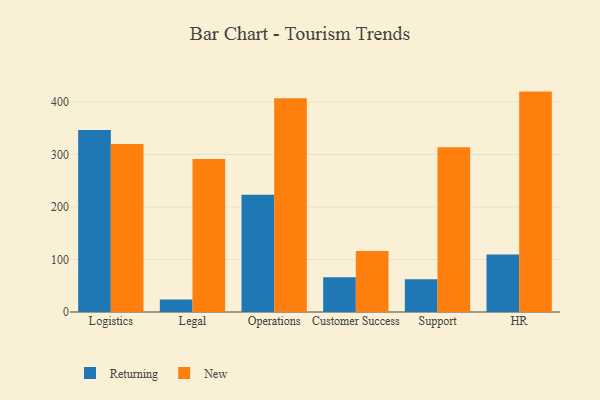
{"axis": {"x": "Department", "y": "Revenue (USD Million)"}, "legend": ["New", "Returning"], "data": [{"x": "Logistics", "y": 346.5, "type": "Returning"}, {"x": "Logistics", "y": 320.2, "type": "New"}, {"x": "Legal", "y": 23.6, "type": "Returning"}, {"x": "Legal", "y": 291.3, "type": "New"}, {"x": "Operations", "y": 223.3, "type": "Returning"}, {"x": "Operations", "y": 407.2, "type": "New"}, {"x": "Customer Success", "y": 66.2, "type": "Returning"}, {"x": "Customer Success", "y": 116.2, "type": "New"}, {"x": "Support", "y": 62.5, "type": "Returning"}, {"x": "Support", "y": 313.6, "type": "New"}, {"x": "HR", "y": 109.4, "type": "Returning"}, {"x": "HR", "y": 419.8, "type": "New"}]}